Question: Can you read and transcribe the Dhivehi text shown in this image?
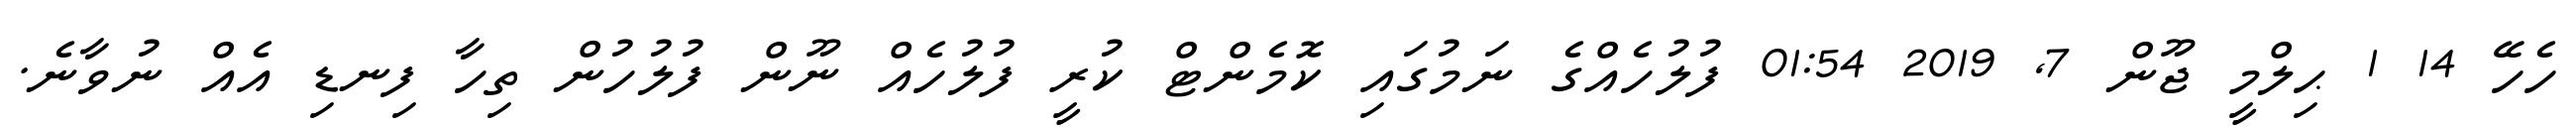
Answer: ހެހޭ 14 1 ޙިލްމީ ޖޫން 7, 2019 01:54 ފުލުހެއްގެ ނަމުގައި ކޮމެންޓް ކުރީ ފުލުހެއް ނޫން ފުލުހުން ތިހާ ފިނޑި އެއް ނުވާނެ.